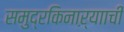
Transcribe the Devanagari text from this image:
समुद्रकिनाऱ्यााची